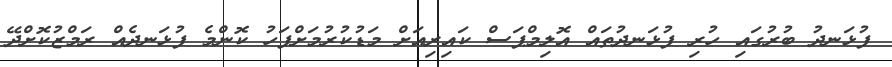
ފުޅަނދު ބުރުގައި ހުރި ފުޅަނދުތައް އޮލިމްޕަސް ކައިރިއަށް މަޑުކުރުމަށްފަހު ކޮންމެ ފުޅަނދެއް ރަމްޒުކޮށްދޭ